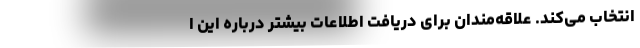
انتخاب می‌کند. علاقه‌مندان برای دریافت اطلاعات بیشتر درباره این ا